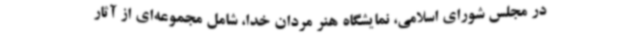
در مجلس شورای اسلامی، نمایشگاه هنر مردان خدا، شامل مجموعه‌ای از آثار